Annual report on the health of the army in India
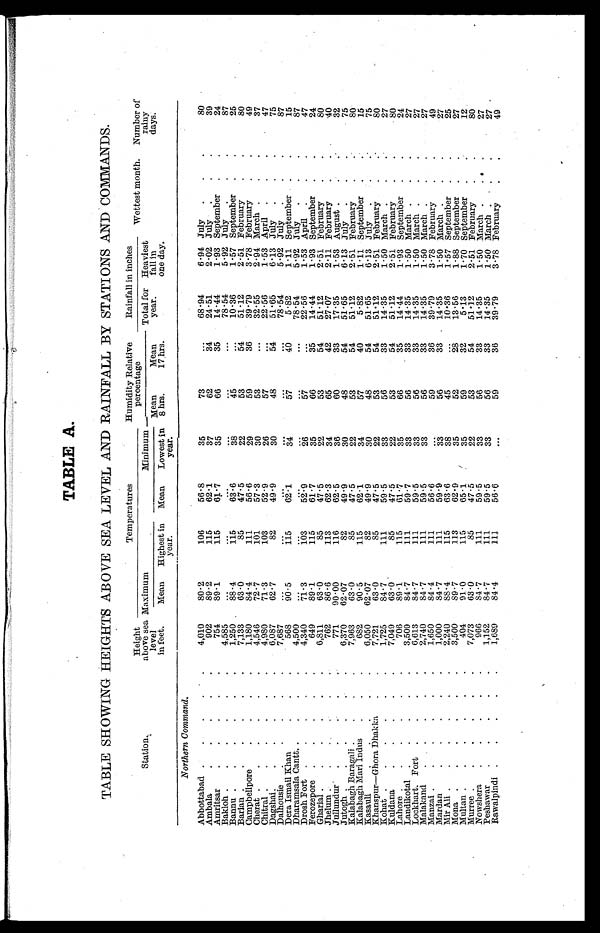
TABLE A.
TABLE SHOWING HEIGHTS ABOVE SEA LEVEL AND RAINFALL BY STATIONS AND COMMANDS.
Station.
Height
above sea
level
in feet.
Temperatures
Humidity Relative
Rainfall in inches
Wettest month.
Number of
rainy
days.
Maximum
Minimum
percentage
Mean
8 hrs.
Mean
17 hrs.
Total for
year.
Heaviest
fall
in one day.
Mean
Highest in
year.
Mean
Lowest in
year.
Northern Command.
Abbottabad
4,010
80.2
106
56.8
35
73
. . . 68.94
6.94 July
80
Ambal
902
89.2
115
62.1
37
62
34
24.51
2.02 July
39
Amritsar
754
89.1
115
61.7
35
66
35
14.44
1.93 September
24
Bakloh
4,58
. . .
...
. . .
. . .
...
78 .54
5.92 July
87
Bannu
1,250
88.4
115
63 . 6
3 8
4 5
. . .
10.36
1.57 September
25
Barian
7,133
63.0
85
47.5
22
53
. 5 4
51.12
2.51 February
80
Campbellpore
1,180
84.4
111
56.6
29
59
36
39.79
3.78 February
49
Cherat
4,546
72.7
101
57.3
30
53
...
32.55
2.94 March
37
Chitral
4,980
71.3
103
52.9
26
57
. . .
22.56
1.53 April
47
Dagshai
6,087
62.7
82
49.9
30
48
5 4
51.65
6.13 July
75
Dalhousie
7,687
. . .
...
. . .
. . .
. . .
78.54
5.92 July
87
Dera Ismail Khan
568
90.5
115
62 . 1
34
57
4 0
5.82
1.11 September
15
Dharamsala Cantt
4,500
. . .
. . .
...
. . .
. . .
. . .
78 .54
5.92 July
87
Drosh Fort
4,340
7 1 . 3
103
52.9
26
5 7
. . .
2
2.56 . 56
1.53 April
47
Ferozepore
649
89.1
115
61.7
35
66
3 5
14.44
1.93 September
24
Gharial
6,811
63.0
85
47.5
22
53
54
51.12
2.51 February
80
Jhelum
762
86.6
113
62.3
34
65
42
27.07
2.11 February
4 0
Jullundur
771
90.00
116
62.5
36
60
33
17.35
1 . 53 August
32
Jutogh
6,370
62.07
82
49.9
30
48
54
51.65
6.13 July
75
Kalabagh Baragali
7,963
63.0
85
47.5
22
53
54
51.12
2.51 February
8 0
Kalabagh Mari Indus
682
90.5
115
62.1
34
57
40
5.82
1.11 September
15
Kasaul
6,050
62.07
82
49.9
30
48
54
51.65
6.13 July
75
Khanspur-Ghora Dhakka
7,721
63.0
85
47.5
22
53
54
51.12
2.51 February
80
Kohat
1,725
84.7
111
59.5
33
56
33
14.35
1.50 March
27
Kuldana
7,049
63.0
85
47.5
22
53
54
51.12
2.51 February
80
Lahore
706
89.1
115
61.7
35
66
35
14.44
1.93 September
24
Landikotal
3,509
84.7
111
59.7
33
56
33
14.35
1.50 March
27
Lockhart. Fort
6,613
84.7
111
59.5
33
56
33
14.35
1.50 March
27
Malakand
2,740
84.7
111
59.5
33
56
33
14.35
1.50 March
27
Manzai
1,650
84.4
111
56.6
59
36
39.79
3.78 February
49
Marda
1,000
84.7
111
59.9
3 3
56
33
14.35
1.50 March
27
Mir Ali
2,240
88.4
115
63.6
38
45
. . .
10.36
1.57 Septemb.e
25
Mona
3,500
89.7
113
62.9
35
52
2 8
13.56
1.88
-
September
27
Multan
401
91 • 0
115
65.1
35
59
32
5.13
1.70 September
12
Murree
7,073
63.0
85
47.5
22
53
54
51.12
2.51
F e b r u a r y
80
Nowshera
966
84.7
111
59.5
33
56
33
14.35
1.50 March
27
Peshawar
1,152
84.7
111
59.5
33
56
33
14.35
1.50 March
27
Rawalpindi
1,689
84.4
111
56.6
. . .
59
36
39.79
3 . 78 February
49